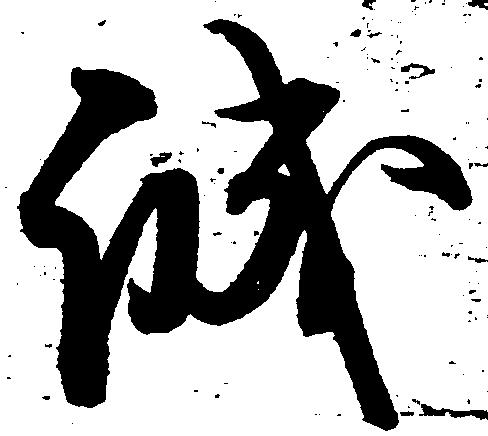
誠